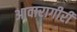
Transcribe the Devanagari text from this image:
आवारागीरी